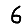
Digit: 6